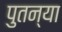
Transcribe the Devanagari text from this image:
पुतन्या